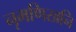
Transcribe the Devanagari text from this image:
नृमणिखनि